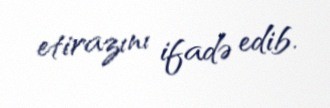
etirazını ifadə edib.